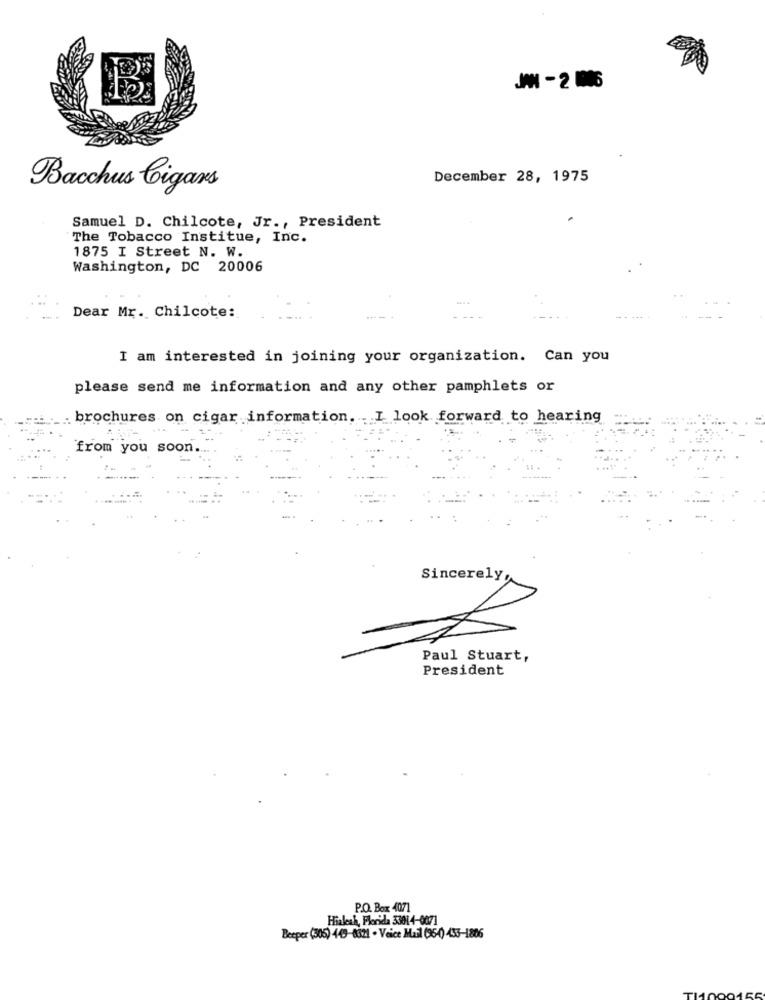
JAN - 2 106
December 28, 1975
Bacchus Cigars
Samuel D. Chilcote, Jr ., President
The Tobacco Institue, Inc.
1875 I Street N. W.
Washington, DC 20006
Dear Mr. Chilcote:
- --
I am interested in joining your organization. Can you
please send me information and any other pamphlets or
: brochures on cigar information. I look forward to hearing
from you soon.
Sincerely,
Paul Stuart,
President
P.O. Box 4071
Hialeah, Florida 33014-6071
Beeper (305) 449-0821 . Voice Mail (954) 453-1806